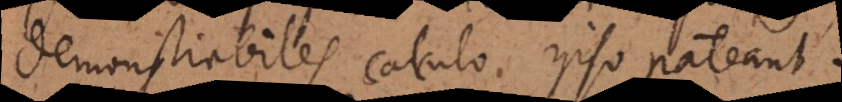
demonstrabiles calculo ipso pateant.